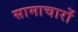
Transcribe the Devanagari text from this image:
सामाचारों